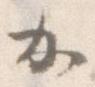
か